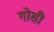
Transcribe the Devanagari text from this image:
गोसी